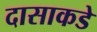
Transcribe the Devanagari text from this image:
दासाकडे